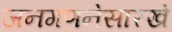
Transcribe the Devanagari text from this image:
जनगणनेसारखे